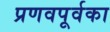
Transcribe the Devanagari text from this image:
प्रणवपूर्वका